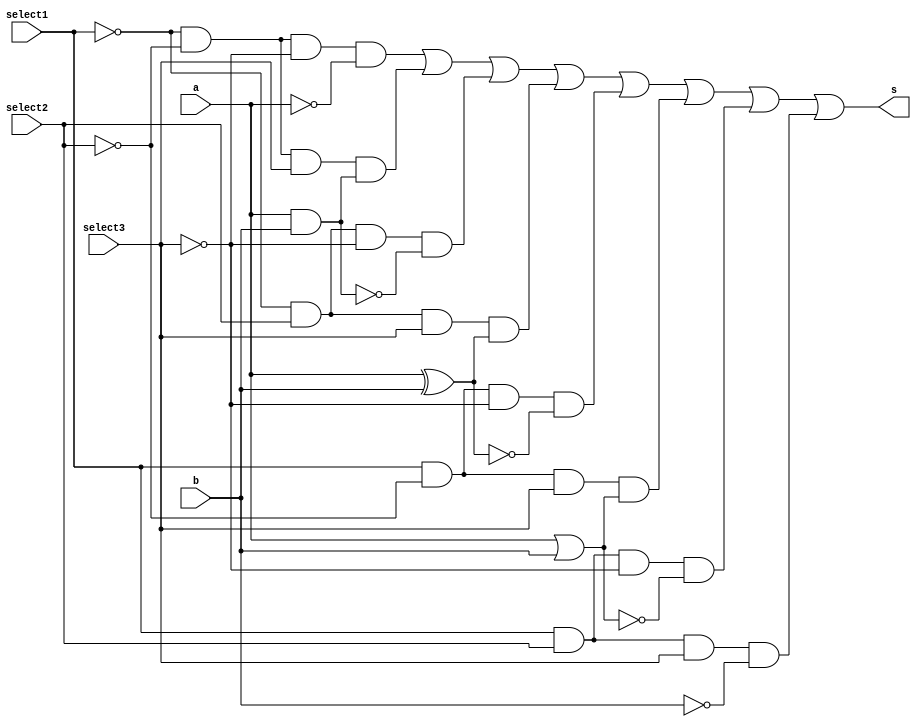
// ---------------------
// multiplexador - desmultiplexador
// Nome: Marcos Antonio lommez Candido Ribeiro
// 18/09/2022
// ---------------------


// -------------------------
// multiplexer
// -------------------------
module mux(output s, input a, b, select1, select2, select3);
    wire not_select1;
    wire not_select2;
    wire not_select3;
    wire sa;
    wire sb;
    wire sc;
    wire sd;
    wire se;
    wire sf;
    wire sg;
    wire sh;
    wire not_a;
    wire a_and_b;
    wire a_nand_b;
    wire a_xor_b;
    wire a_xnor_b;
    wire a_or_b;
    wire a_nor_b;
    wire not_b;

    not NOT1(not_select1, select1);
    not NOT2(not_select2, select2);
    not NOT3(not_select3, select3);

    not  NOT4  (not_a,    a);
    and  AND1  (a_and_b,  a, b);
    nand NAND1 (a_nand_b, a, b);
    xor  XOR1  (a_xor_b,  a, b);
    xnor XNOR1 (a_xnor_b, a, b);
    or   OR1   (a_or_b,   a, b);
    nor  NOR1  (a_nor_b,  a, b);
    nor  NOT5  (not_b,       b);

    and AND2( sa, not_select1, not_select2, not_select3, not_a);
    and AND3( sb, not_select1, not_select2, select3,     a_and_b);
    and AND4( sc, not_select1, select2,     not_select3, a_nand_b);
    and AND5( sd, not_select1, select2,     select3,     a_xor_b);
    and AND6( se, select1,     not_select2, not_select3, a_xnor_b);
    and AND7( sf, select1,     not_select2, select3,     a_or_b);
    and AND8( sg, select1,     select2,     not_select3, a_nor_b);
    and AND9( sh, select1,     select2,     select3,     not_b);

    or OR2(s, sa, sb, sc, sd, se, sf, sg, sh);
endmodule

module test_f7;
    // ------------------------- definir dados
    reg x;
    reg y;
    reg s1;
    reg s2;
    reg s3;
    wire z;
    mux MUX1 ( z, x, y, s1, s2, s3);
    // ------------------------- parte principal
    initial
        begin : main
            $display("Exemplo_0705 - Marcos Antonio Lommez - 771157\n");
            $display("x  y   s1  s2  s3   saidas");

            // projetar testes do modulo
            #1 $monitor("%b  %b    %b   %b   %b      %b", x, y, s1, s2, s3, z);
            #1 $display("----- selector = 000 ----- ");
            #1 x=0; y=0; s1=0; s2=0; s3=0;
            #1 x=0; y=1;
            #1 x=1; y=0;
            #1 x=1; y=1;
            #1 $display("----- selector = 001 ----- ");
            #1 x=0; y=0; s1=0; s2=0; s3=1;
            #1 x=0; y=1;
            #1 x=1; y=0;
            #1 x=1; y=1;
            #1 $display("----- selector = 010 ----- ");
            #1 x=0; y=0; s1=0; s2=1; s3=0;
            #1 x=0; y=1;
            #1 x=1; y=0;
            #1 x=1; y=1;
            #1 $display("----- selector = 011 ----- ");
            #1 x=0; y=0; s1=0; s2=1; s3=1;
            #1 x=0; y=1;
            #1 x=1; y=0;
            #1 x=1; y=1;
            #1 $display("----- selector = 100 ----- ");
            #1 x=0; y=0; s1=1; s2=0; s3=0;
            #1 x=0; y=1;
            #1 x=1; y=0;
            #1 x=1; y=1;
            #1 $display("----- selector = 101 ----- ");
            #1 x=0; y=0; s1=1; s2=0; s3=1;
            #1 x=0; y=1;
            #1 x=1; y=0;
            #1 x=1; y=1;
            #1 $display("----- selector = 110 ----- ");
            #1 x=0; y=0; s1=1; s2=1; s3=0;
            #1 x=0; y=1;
            #1 x=1; y=0;
            #1 x=1; y=1;
            #1 $display("----- selector = 111 ----- ");
            #1 x=0; y=0; s1=1; s2=1; s3=1;
            #1 x=0; y=1;
            #1 x=1; y=0;
            #1 x=1; y=1;
        end
endmodule // test_f7